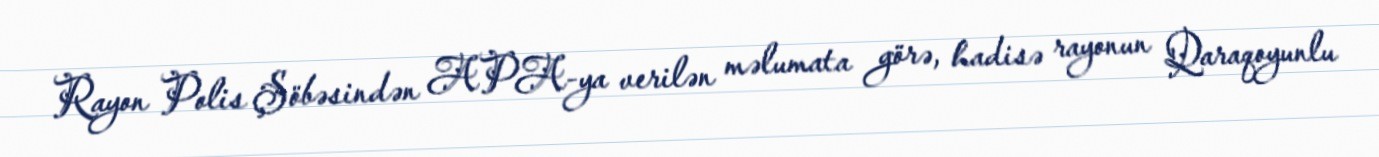
Rayon Polis Şöbəsindən APA-ya verilən məlumata görə, hadisə rayonun Qaraqoyunlu